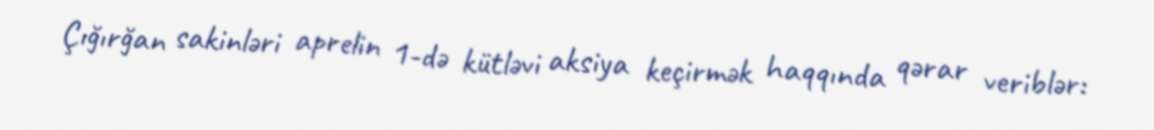
Çığırğan sakinləri aprelin 1-də kütləvi aksiya keçirmək haqqında qərar veriblər: